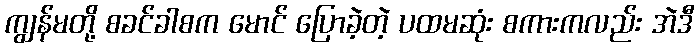
ကျွန်မတို့ စခင်ခါစက မောင် ပြောခဲ့တဲ့ ပထမဆုံး စကားကလည်း အဲဒီ